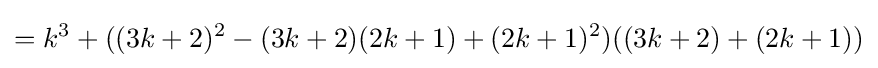
=k^{3}+((3k+2)^{2}-(3k+2)(2k+1)+(2k+1)^{2})((3k+2)+(2k+1))